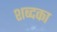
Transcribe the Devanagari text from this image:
शब्दका